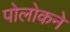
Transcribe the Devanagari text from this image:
पोलोकने